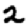
Digit: 2